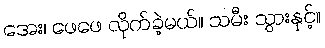
အေး၊ ဖေဖေ လိုက်ခဲ့မယ်။ သမီး သွားနှင့်။